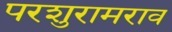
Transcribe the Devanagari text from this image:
परशुरामराव